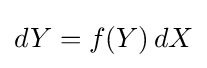
dY=f(Y)\,dX